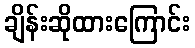
ချိန်းဆိုထားကြောင်း